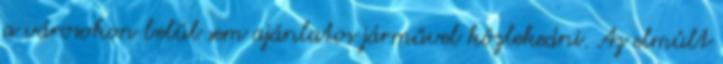
a városokon belül sem ajánlatos járművel közlekedni. Az elmúlt